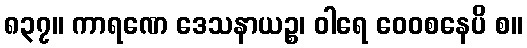
၈၃၇။ ကာရဏေ ဒေသနာယဉ္စ၊ ဝါရေ ဝေဝစနေပိ စ။